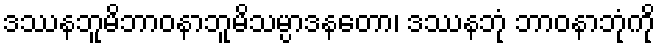
ဒဿနဘူမိဘာဝနာဘူမိသမ္ပာဒနတော၊ ဒဿနဘုံ ဘာဝနာဘုံကို